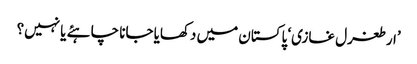
’ارطغرل غازی‘ پاکستان میں دکھایا جانا چاہئے یا نہیں؟